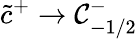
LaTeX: \tilde{c}^{+}\to\mathcal{C}_{-1/2}^{-}